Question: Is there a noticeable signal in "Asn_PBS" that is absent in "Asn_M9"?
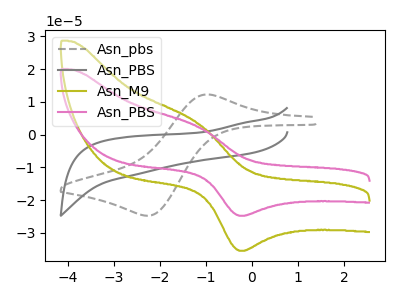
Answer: <think>The gray dashed curve "Asn_pbs" has an anodic peak at (-1.00V, 12.20uA) and a cathodic peak at (-2.25V, -24.75uA). The gray curve "Asn_PBS" has no peaks. The olive curve "Asn_M9" has an anodic peak at (-1.20V, 3.80uA) and a cathodic peak at (-0.20V, -35.45uA). The pink curve "Asn_PBS" has an anodic peak at (-1.20V, 2.65uA) and a cathodic peak at (-0.20V, -24.75uA).
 All the peaks in "Asn_PBS" have a peak in "Asn_M9" at the same potential. Every peak in "Asn_PBS" is lower than every peak in "Asn_M9".</think>
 <answer>No, "Asn_PBS" and "Asn_M9" don't appear to be significantly different in shape</answer>
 <eval>no_change</eval>